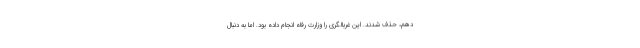
دهم، حذف شدند. این غربالگری را وزارت رفاه انجام داده بود. اما به دنبال